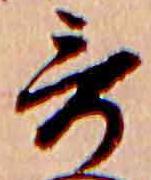
哥